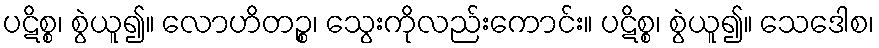
ပဋိစ္စ၊ စွဲယူ၍။ လောဟိတဉ္စ၊ သွေးကိုလည်းကောင်း။ ပဋိစ္စ၊ စွဲယူ၍။ သေဒေါစ၊